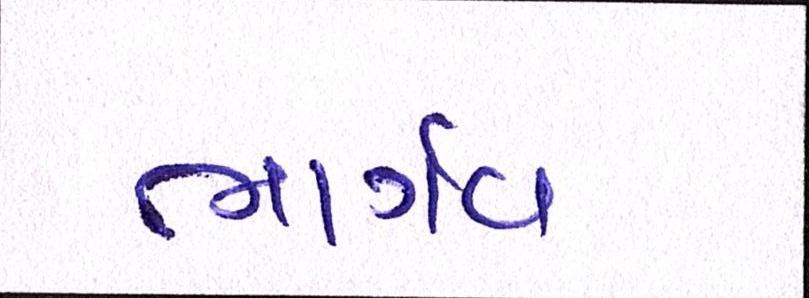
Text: ભાર્ગવ